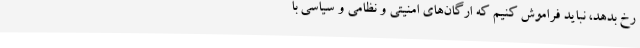
رخ بدهد، نباید فراموش کنیم که ارگان‌های امنیتی و نظامی و سیاسی با